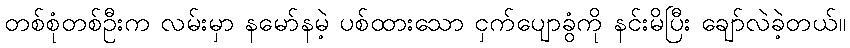
တစ်စုံတစ်ဦးက လမ်းမှာ နမော်နမဲ့ ပစ်ထားသော ငှက်ပျောခွံကို နင်းမိပြီး ချော်လဲခဲ့တယ်။